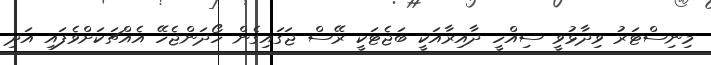
މިނިސްޓަރު ވިދާޅުވީ ސިއްހީ ދާއިރާއަކީ ބަޖެޓަކީ ރޭސް ޖަގައިގެން ހޯދަންޖެހޭ އެއްޗަކަށްވެފައި އަދި